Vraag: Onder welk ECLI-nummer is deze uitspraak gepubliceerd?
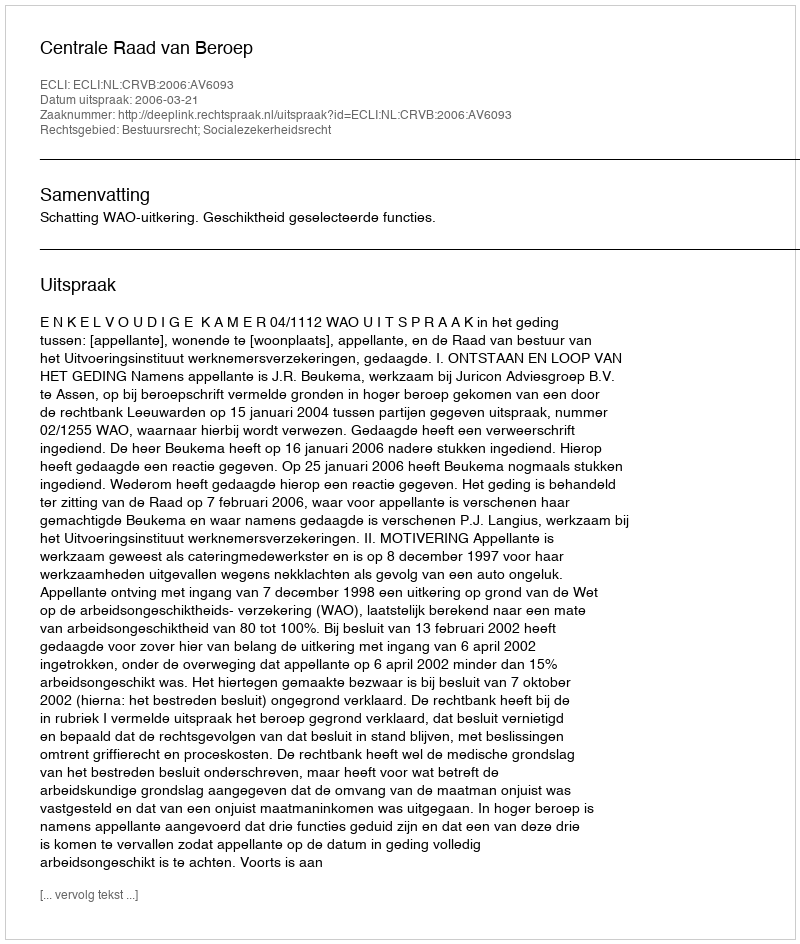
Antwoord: ECLI:NL:CRVB:2006:AV6093